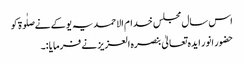
اس سال مجلس خدام الاحمدیہ یوکے نےصلٰوۃ کو
حضور انور ایدہ تعالیٰ بنصرہ العزیز نے فرمایا :۔